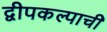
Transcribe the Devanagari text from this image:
द्वीपकल्पाची